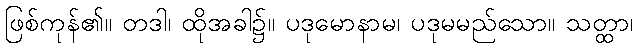
ဖြစ်ကုန်၏။ တဒါ၊ ထိုအခါ၌။ ပဒုမောနာမ၊ ပဒုမမည်သော။ သတ္ထာ၊